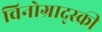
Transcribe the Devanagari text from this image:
विनोग्राद्स्की